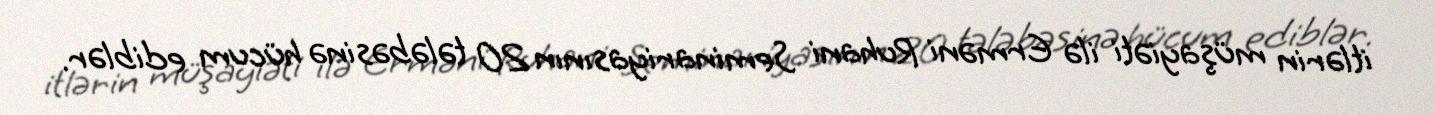
itlərin müşayiəti ilə Erməni Ruhani Seminariyasının 20 tələbəsinə hücum ediblər.